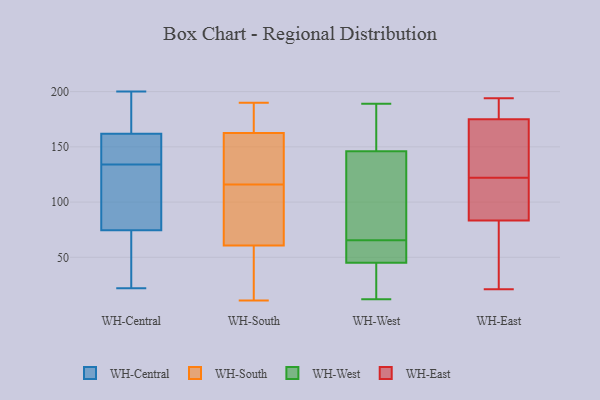
{"axis": {"x": "Waste Production (Tons)", "y": "Value"}, "legend": ["WH-Central", "WH-East", "WH-South", "WH-West"], "data": [{"x": "", "y": 121, "type": "WH-Central"}, {"x": "", "y": 145, "type": "WH-Central"}, {"x": "", "y": 145, "type": "WH-Central"}, {"x": "", "y": 89, "type": "WH-Central"}, {"x": "", "y": 22, "type": "WH-Central"}, {"x": "", "y": 181, "type": "WH-Central"}, {"x": "", "y": 159, "type": "WH-Central"}, {"x": "", "y": 31, "type": "WH-Central"}, {"x": "", "y": 188, "type": "WH-Central"}, {"x": "", "y": 114, "type": "WH-Central"}, {"x": "", "y": 134, "type": "WH-Central"}, {"x": "", "y": 25, "type": "WH-Central"}, {"x": "", "y": 30, "type": "WH-Central"}, {"x": "", "y": 200, "type": "WH-Central"}, {"x": "", "y": 170, "type": "WH-Central"}, {"x": "", "y": 111, "type": "WH-Central"}, {"x": "", "y": 154, "type": "WH-Central"}, {"x": "", "y": 138, "type": "WH-South"}, {"x": "", "y": 12, "type": "WH-South"}, {"x": "", "y": 80, "type": "WH-South"}, {"x": "", "y": 190, "type": "WH-South"}, {"x": "", "y": 116, "type": "WH-South"}, {"x": "", "y": 55, "type": "WH-South"}, {"x": "", "y": 139, "type": "WH-South"}, {"x": "", "y": 180, "type": "WH-South"}, {"x": "", "y": 85, "type": "WH-South"}, {"x": "", "y": 78, "type": "WH-South"}, {"x": "", "y": 101, "type": "WH-South"}, {"x": "", "y": 44, "type": "WH-South"}, {"x": "", "y": 177, "type": "WH-South"}, {"x": "", "y": 11, "type": "WH-South"}, {"x": "", "y": 20, "type": "WH-South"}, {"x": "", "y": 158, "type": "WH-South"}, {"x": "", "y": 164, "type": "WH-South"}, {"x": "", "y": 116, "type": "WH-South"}, {"x": "", "y": 164, "type": "WH-South"}, {"x": "", "y": 183, "type": "WH-West"}, {"x": "", "y": 189, "type": "WH-West"}, {"x": "", "y": 134, "type": "WH-West"}, {"x": "", "y": 37, "type": "WH-West"}, {"x": "", "y": 146, "type": "WH-West"}, {"x": "", "y": 75, "type": "WH-West"}, {"x": "", "y": 45, "type": "WH-West"}, {"x": "", "y": 56, "type": "WH-West"}, {"x": "", "y": 51, "type": "WH-West"}, {"x": "", "y": 12, "type": "WH-West"}, {"x": "", "y": 180, "type": "WH-East"}, {"x": "", "y": 35, "type": "WH-East"}, {"x": "", "y": 67, "type": "WH-East"}, {"x": "", "y": 120, "type": "WH-East"}, {"x": "", "y": 84, "type": "WH-East"}, {"x": "", "y": 112, "type": "WH-East"}, {"x": "", "y": 194, "type": "WH-East"}, {"x": "", "y": 175, "type": "WH-East"}, {"x": "", "y": 21, "type": "WH-East"}, {"x": "", "y": 122, "type": "WH-East"}, {"x": "", "y": 169, "type": "WH-East"}, {"x": "", "y": 186, "type": "WH-East"}, {"x": "", "y": 107, "type": "WH-East"}, {"x": "", "y": 35, "type": "WH-East"}, {"x": "", "y": 83, "type": "WH-East"}, {"x": "", "y": 175, "type": "WH-East"}, {"x": "", "y": 130, "type": "WH-East"}, {"x": "", "y": 189, "type": "WH-East"}, {"x": "", "y": 156, "type": "WH-East"}]}